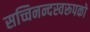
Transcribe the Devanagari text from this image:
सच्चिनन्दस्वरूपको